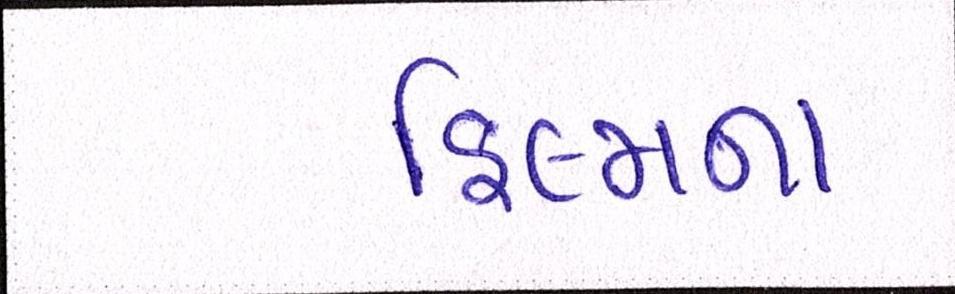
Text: ફિલ્મના